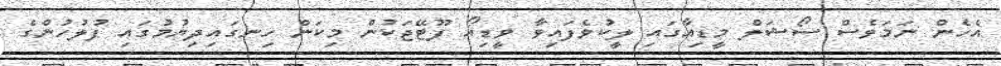
އެހެން ނަމަވެސް ސޯޝަލް މީޑިއާގައި ލީކުވެފައިވާ ވީޑިއޯ ފޫޓޭޖަކުން މިކަން ހިނގައިދިޔުމުގައި ފުލުހުންގެ